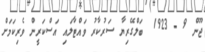
ޖޫން 9 - 1923  ބަލްގޭރިޔާ ސަރުކާރު ވައްޓާލައި އަސްކަރީން ވެރިކަމަށް